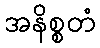
အနိစ္စတံ